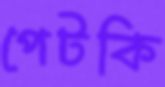
পেটকি